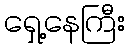
ရှေ့နေကြီး